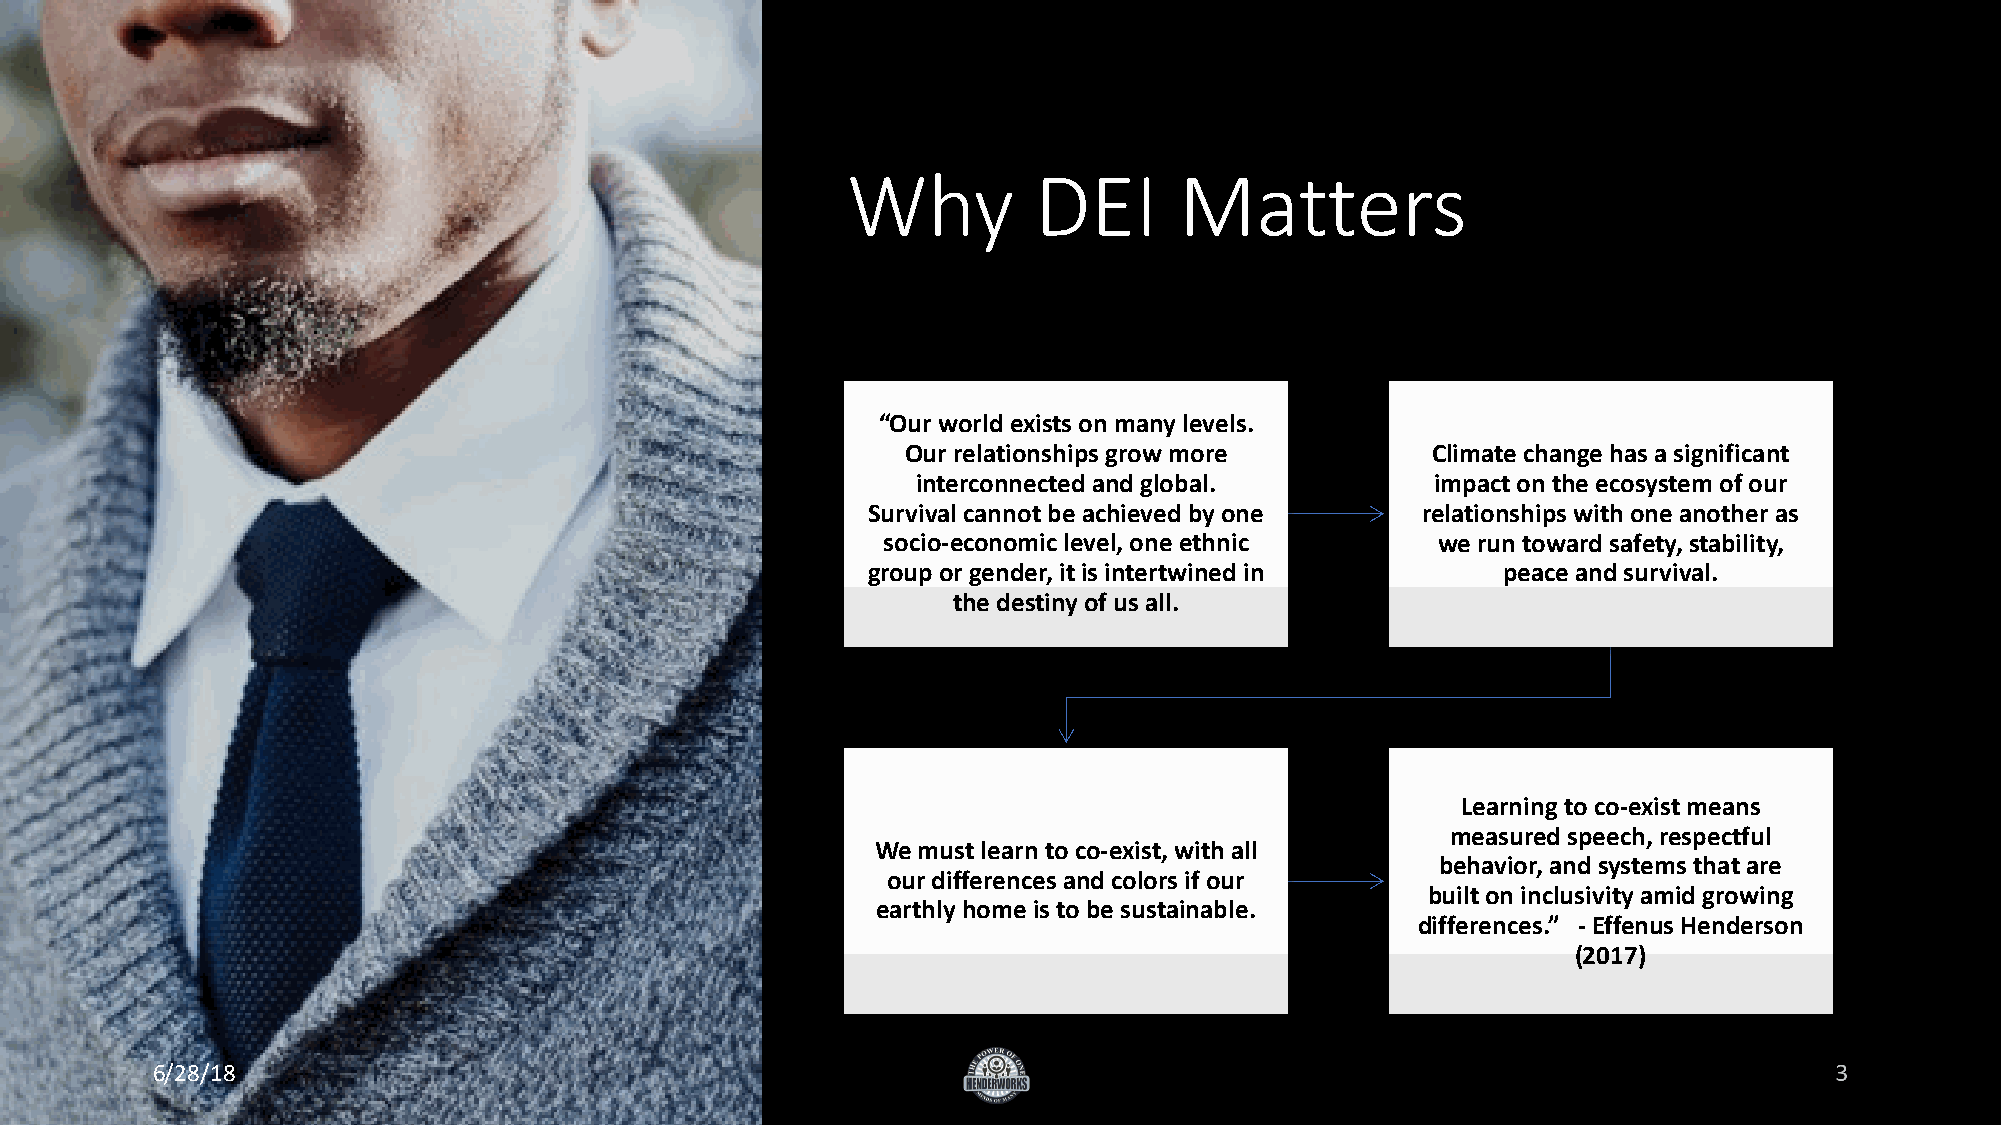
Why         DEI       Matters
 “Our world exists on many levels.
 Our relationships grow more        Climate change has a significant
 interconnected and global.        impact on the ecosystem of our
 Survival cannot be achieved by one   relationships with one another as
 socio-economic level, one ethnic     we run toward safety, stability,
 group or gender, it is intertwined in     peace and survival.
 the destiny of us all.
 Learning to co-exist means
 measured speech, respectful
 We must learn to co-exist, with all
 behavior, and systems that are
 our differences and colors if our
 built on inclusivity amid growing
 earthly home is to be sustainable.
 differences.” -Effenus Henderson
 (2017)
 6/28/18